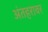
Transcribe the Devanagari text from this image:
अंतहरावर